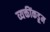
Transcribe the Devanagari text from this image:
व्यक्तींकडूम